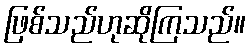
ဖြစ်သည်ဟုဆိုကြသည်။